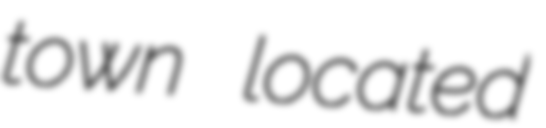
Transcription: town located